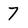
Character: 7